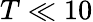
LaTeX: T\ll 10